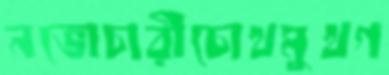
নভোচারীচোখমুখগ